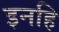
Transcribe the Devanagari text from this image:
इनहि